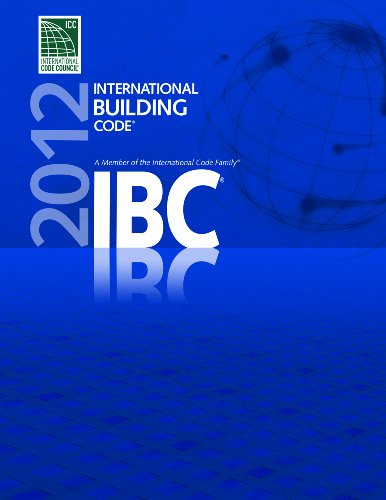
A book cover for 2012 International Building Code (International Code Council Series); International Code Council; Law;